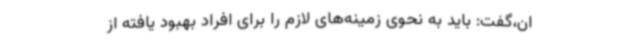
ان،گفت: باید به نحوی زمینه‌های لازم را برای افراد بهبود یافته از